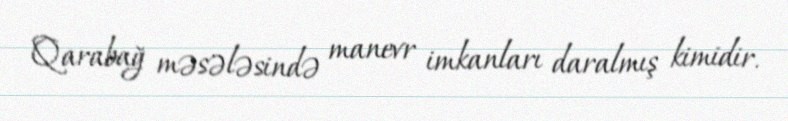
Qarabağ məsələsində manevr imkanları daralmış kimidir.